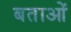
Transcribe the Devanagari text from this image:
बताओं